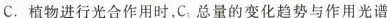
C.植物进行光合作用时，C_{5}总量的变化趋势与作用光谱